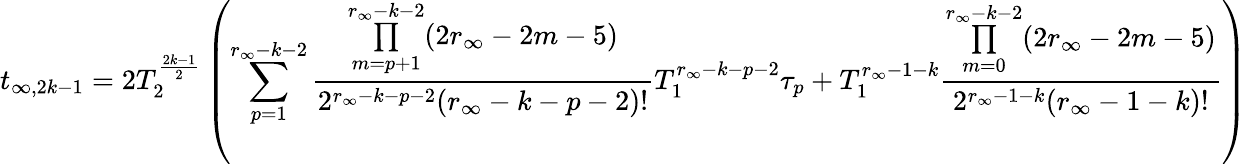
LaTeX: t_{\infty,2k-1}=2T_{2}^{\frac{2k-1}{2}}\left(\sum_{p=1}^{r_{\infty}-k-2}\frac{\underset{m=p+1}{\overset{r_{\infty}-k-2}{\prod}}(2r_{\infty}-2m-5)}{2^{r_{\infty}-k-p-2}(r_{\infty}-k-p-2)!}T_{1}^{r_{\infty}-k-p-2}\tau_{p}+T_{1}^{r_{\infty}-1-k}\frac{\underset{m=0}{\overset{r_{\infty}-k-2}{\prod}}(2r_{\infty}-2m-5)}{2^{r_{\infty}-1-k}(r_{\infty}-1-k)!}\right)